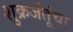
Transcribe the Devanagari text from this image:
शुक्रजंतूंचा